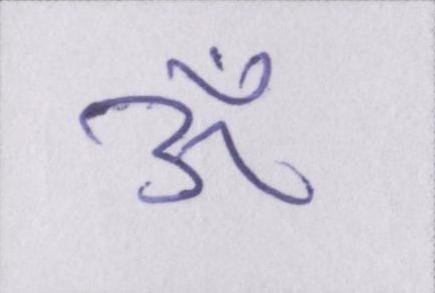
ॐ